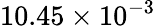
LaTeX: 10.45\times 10^{-3}